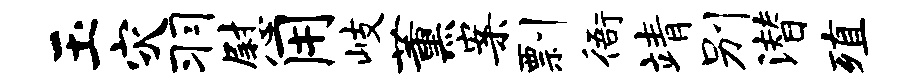
玉灾羽慰用岐薰案剽衙靖别潜殖